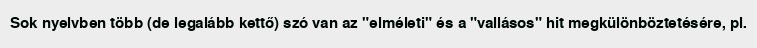
Sok nyelvben több (de legalább kettő) szó van az "elméleti" és a "vallásos" hit megkülönböztetésére, pl.